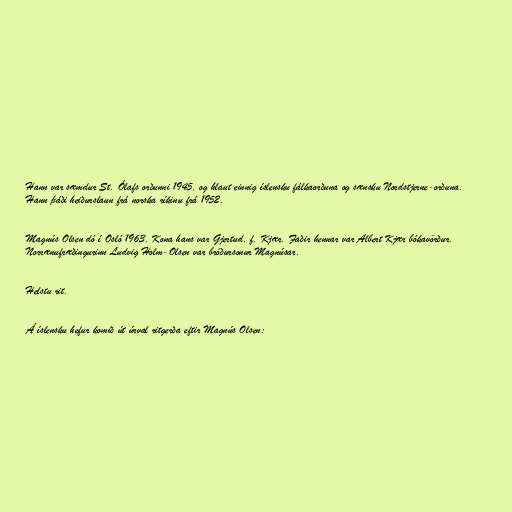
Hann var sæmdur St. Ólafs orðunni 1945, og hlaut einnig íslensku fálkaorðuna og sænsku Nordstjerne-orðuna.
Hann þáði heiðurslaun frá norska ríkinu frá 1952.

Magnús Olsen dó í Osló 1963. Kona hans var Gjertud, f. Kjær. Faðir hennar var Albert Kjær bókavörður.
Norrænufræðingurinn Ludvig Holm-Olsen var bróðursonur Magnúsar.

Helstu rit.

Á íslensku hefur komið út úrval ritgerða eftir Magnús Olsen: